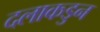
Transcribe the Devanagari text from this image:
दलाकडुन